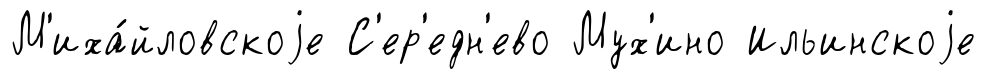
М'иха́йловскоjе С'ер'едн'ево Мух'ино Ильинскоjе